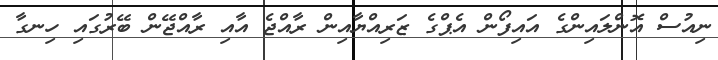
ނިއުސް އޮންލައިންގެ އައިފޯން އެޕްގެ ޒަރިއްޔާއިން ރާއްޖެ އާއި ރާއްޖޭން ބޭރުގައި ހިނގާ